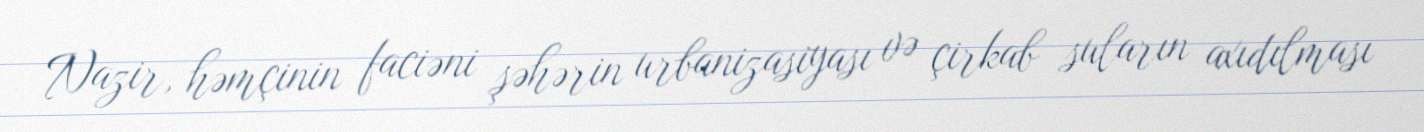
Nazir, həmçinin faciəni şəhərin urbanizasiyası və çirkab suların axıdılması